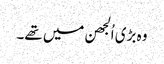
وہ بڑی اُلجھن میں تھے۔